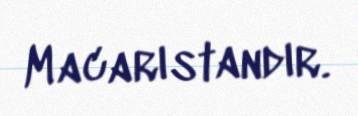
Macarıstandır.